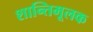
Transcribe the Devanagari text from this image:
शान्तिमूलक